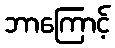
ဘာကြောင့်